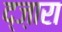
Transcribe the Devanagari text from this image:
द्ज़ारा